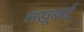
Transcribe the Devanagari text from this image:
लखूबाई